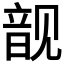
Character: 𲁘